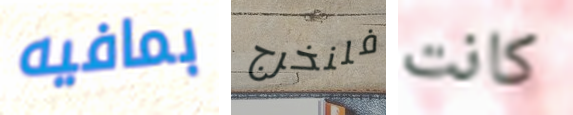
بمافيه فلنخرج كانت